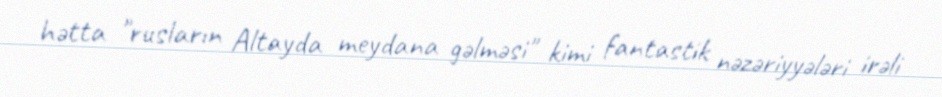
hətta "rusların Altayda meydana gəlməsi" kimi fantastik nəzəriyyələri irəli